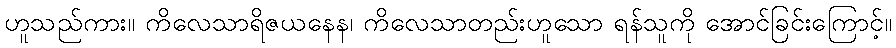
ဟူသည်ကား။ ကိလေသာရိဇယနေန၊ ကိလေသာတည်းဟူသော ရန်သူကို အောင်ခြင်းကြောင့်။